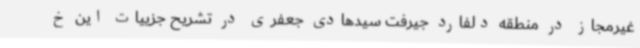
غیرمجاز در منطقه دلفارد جیرفت سیدهادی جعفری در تشریح جزییات این خ